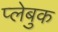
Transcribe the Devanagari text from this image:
प्लेबुक